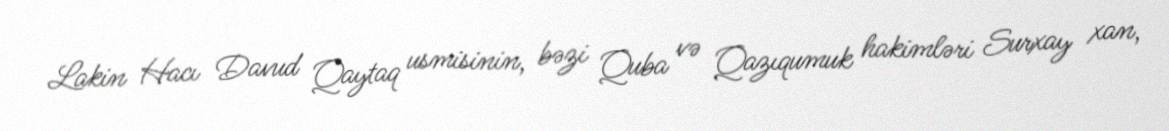
Lakin Hacı Davud Qaytaq usmisinin, bəzi Quba və Qazıqumuk hakimləri Surxay xan,